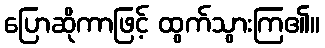
ပြောဆိုကာဖြင့် ထွက်သွားကြ၏။